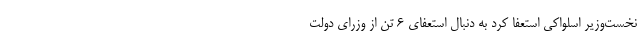
نخست‌وزیر اسلواکی استعفا کرد به دنبال استعفای ۶ تن از وزرای دولت